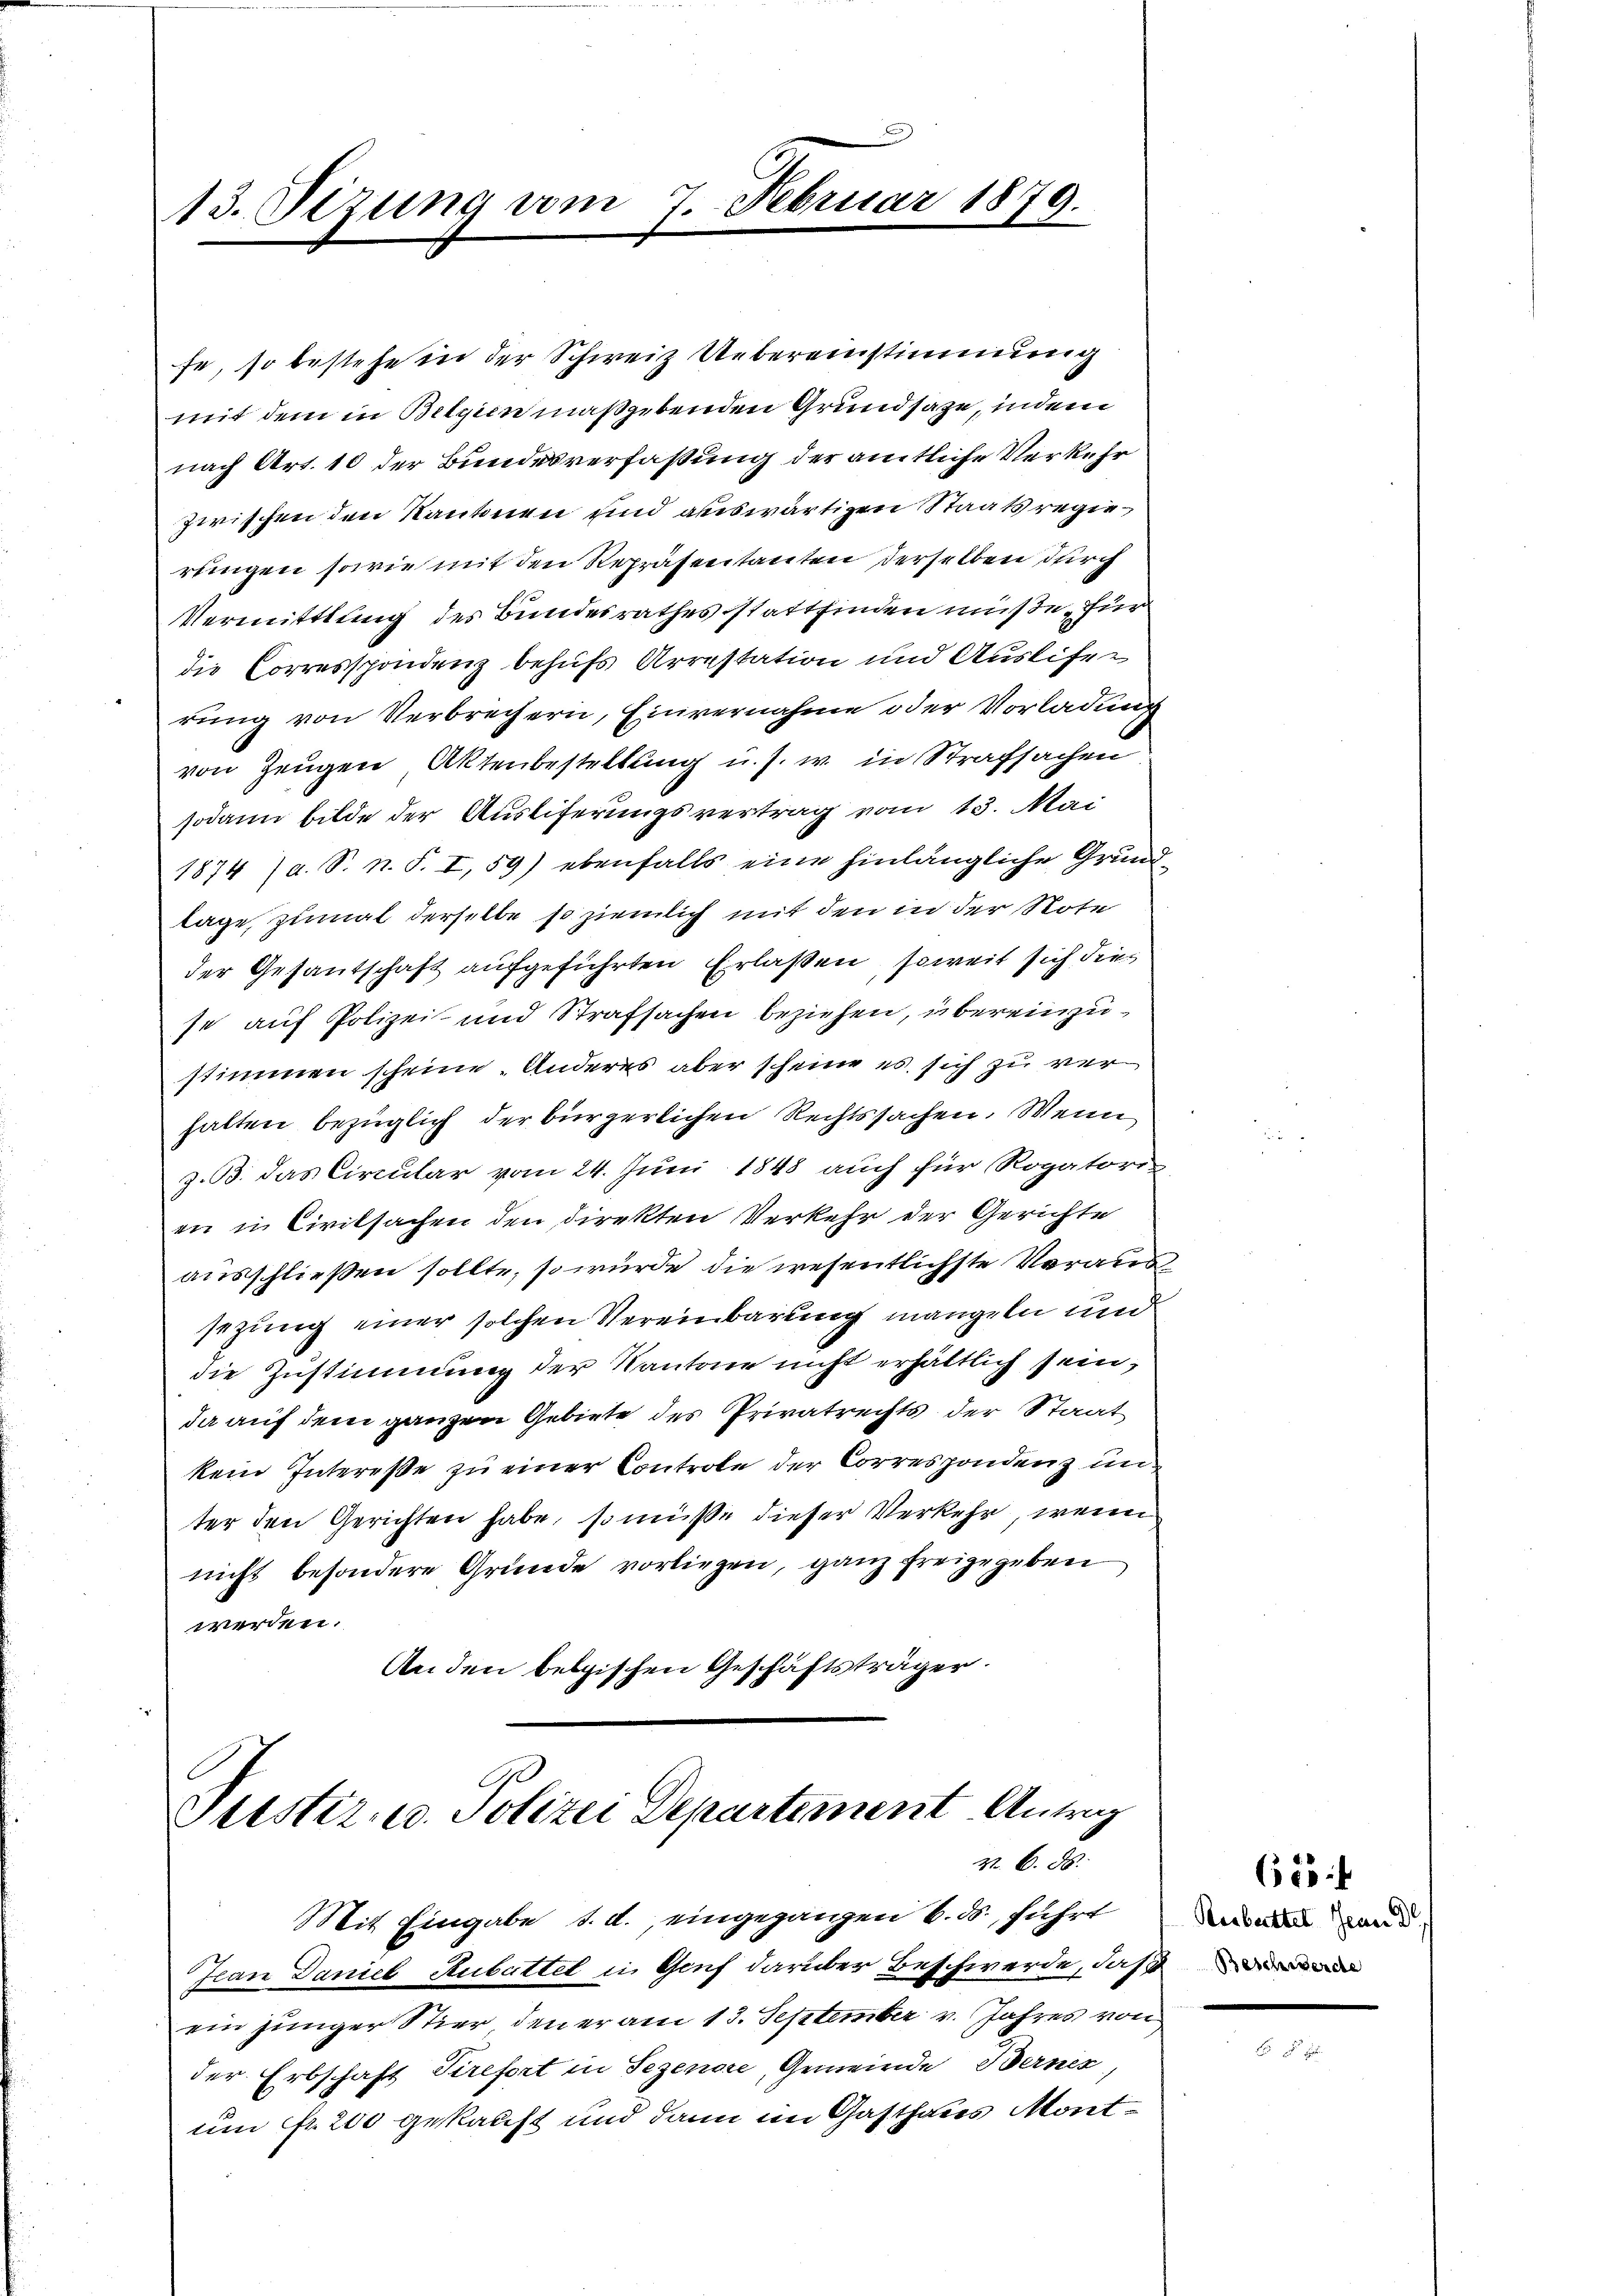
13. Sizung vom 7. Februar 1879.

fe, so bestehe in der Schweiz Uebereinstimmung
mit dem in Belgien maßgebenden Grundsaze, indem
nach Art. 10 der Bundesverfassung der amtliche Verkehr
zwischen den Kantonen und auswärtigen Staatsregie
rungen sowie mit den Repräsentanten derselben durch
Vermittlung des Bundesrathes stattfinden müße, für
die Corresspondenz behufs Arrestation und Auslifer
rŭng von Verbrechern, Einvernahme oder Vorladung
von Zeugen Aktenbestellung u. s. w. in Strafsachen
sodann bilde der Ausliferungsvertrag vom 13. Mai
1874 / a. S. n. F. I, 59) ebenfalls eine hinlängliche Grundlage, zumal derselbe so ziemlich mit den in der Note
der Gesantschaft aufgeführten Erlaßen, soweit sich dies
se auf Polizei und Strafsachen beziehen, übereinzustimmen scheine. Anderes aber scheine es sich zu verhalten bezüglich der bürgerlichen Rechtssachen. Wenn
z. B. das Circular vom 24. Juni 1848 auch für Rogatoris
en in Civilsachen den direkten Verkehr der Gerichte
ausschließen sollte, so würde die wesentlichste Voraus
sezung einer solchen Vereinbarung mangeln und
die Zustimmung der Kantone nicht erhältlich sein,
da auf dem ganzen Gebiete des Privatrechts der Staat
kein Intereße zu einer Controle der Correspondenz unter den Gerichten habe, so müße dieser Verkehr, wenn
nicht besondere Grunde vorliegen, ganz freigegeben
werden.
An den belgischen Geschäftsträger.

1
Justiz- u. Polizei Departement Antrag
Z. B. d.

Jean Daniel Aubattet in Genf darüber Beschwerde, daß
ein junger Stier, den er am 13. September v. Jahres von
der Erbschaft Tirefort in Sezenore, Gemeinde Berner
um Fr. 200 gekauft und dann im Gasthaus Mont¬

Mit Eingabe d. d. eingegangen 6. ds., führt

653.
Rerbeittel Jean D